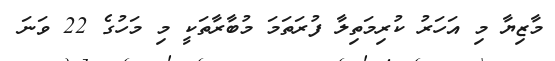
މާޒިޔާ މި އަހަރު ކުރިމަތިލާ ފުރަތަމަ މުބާރާތަކީ މި މަހުގެ 22 ވަނަ